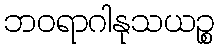
ဘဝရာဂါနုသယဉ္စ